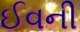
ઈવની